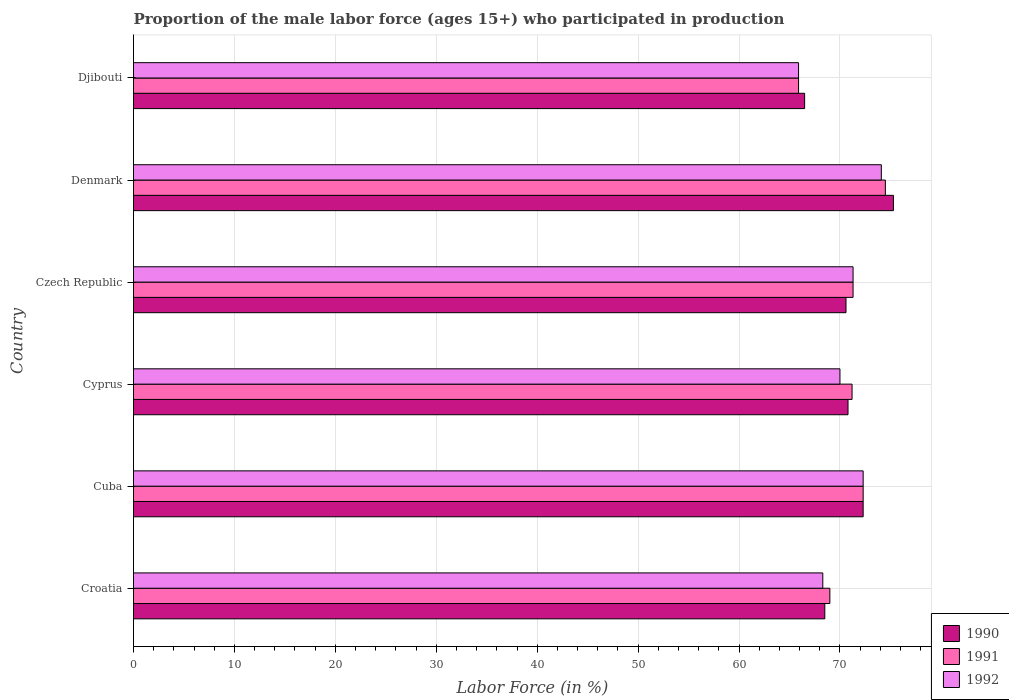
| Country | 1990 | 1991 | 1992 |
 | --- | --- | --- | --- |
 | Croatia | 68.5 | 69 | 68.3 |
 | Cuba | 72.3 | 72.3 | 72.3 |
 | Cyprus | 70.8 | 71.2 | 70 |
 | Czech Republic | 70.6 | 71.3 | 71.3 |
 | Denmark | 75.3 | 74.5 | 74.1 |
 | Djibouti | 66.5 | 65.9 | 65.9 |